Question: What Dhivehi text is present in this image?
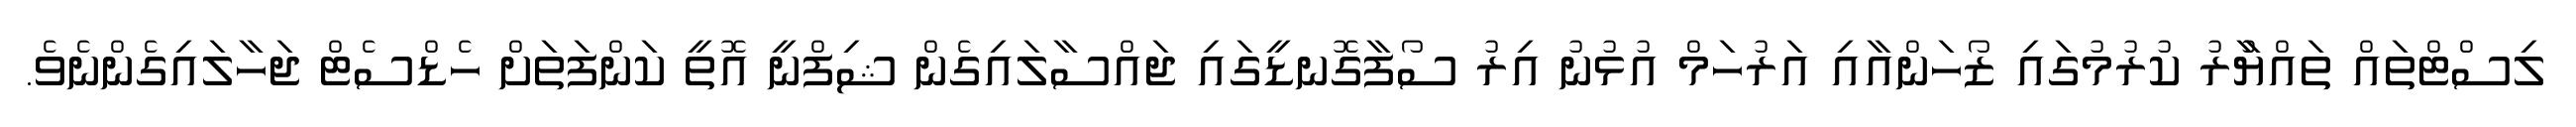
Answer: ލިސްޓްތައް ތައްޔާުރު ކުރުމުގައި ޒޯހަންއާއި އަރުހަމް އުޅުނު އިރު ސޯފާގޮނޑީގައި ޖައްސާލައިގެން ޝިފްނީ އޮތީ ކަންފަތަށް ހެޑްސެޓް ޖަހާލައިގެންނެވެ.